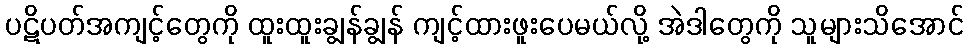
ပဋိပတ်အကျင့်တွေကို ထူးထူးချွန်ချွန် ကျင့်ထားဖူးပေမယ်လို့ အဲဒါတွေကို သူများသိအောင်